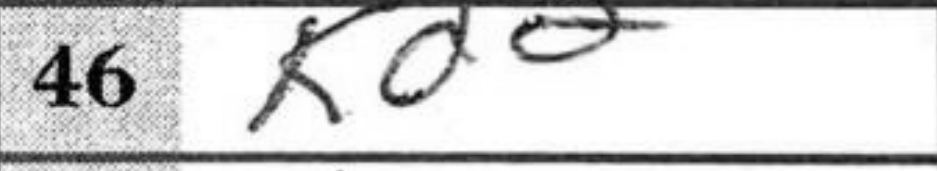
Transcription: Kd2